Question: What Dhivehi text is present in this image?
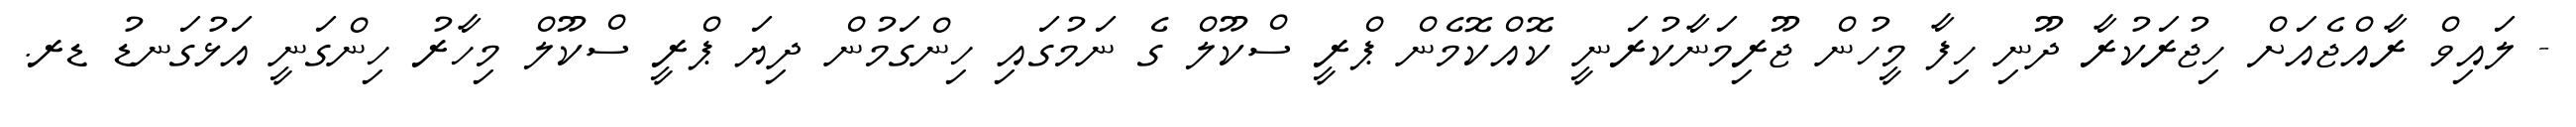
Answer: - ލައިވް ރާއްޖެއަށް ހިޖުރަކުރާ ދޫނި ހިފާ މީހުން ޖޫރިމަނާކުރަނީ ކޮއްކޮމެން ޕްރީ ސްކޫލް ގެ ނަމުގައި ހިންގަމުން ދިޔަ ޕްރީ ސްކޫލް މިހާރު ހިންގަނީ އަޅުގަނޑު ޑރ.